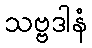
သဗ္ဗဒါနံ